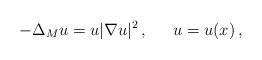
LaTeX: \begin{align*}-\Delta_M u=u|\nabla u|^2\,,\quad\enskip u=u(x)\,,\end{align*}